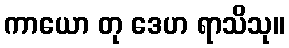
ကာယော တု ဒေဟ ရာသိသု။